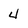
Character: 4